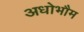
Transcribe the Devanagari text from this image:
अधोभौम